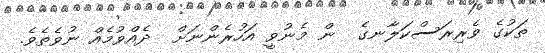
ތަކުގެ ވެރިރަސްކަލާނގެ  ން މެނުވީ އަހުރެންނަށް  ދެއްވުމެއް ނުވެތެވެ.